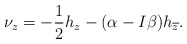
\begin{align*}\nu_z=-\frac{1}{2}h_z-(\alpha-I\beta)h_{\overline{z}}.\end{align*}